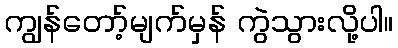
ကျွန်တော့်မျက်မှန် ကွဲသွားလို့ပါ။